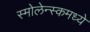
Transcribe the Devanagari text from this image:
स्मोलेन्स्कमध्ये